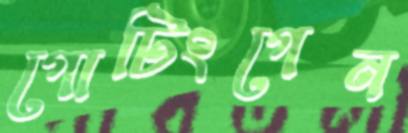
গোটিংগেন